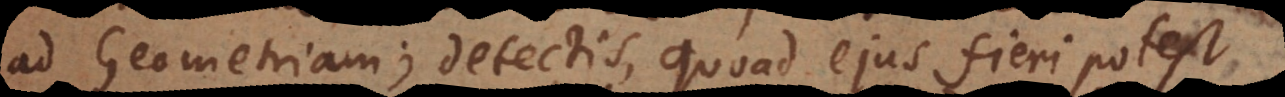
ad Geometriam; detectis, quoad ejus fieri potes